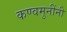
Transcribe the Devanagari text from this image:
कण्वमुनींनी